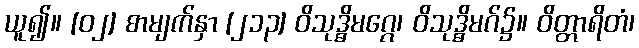
ယူ၍။ [၀၂] စာမျက်နှာ [၂၁၃] ဝိသုဒ္ဓိမဂ္ဂေ၊ ဝိသုဒ္ဓိမဂ်၌။ ဝိတ္တာရိတံ၊